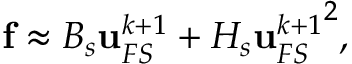
\mathbf { f } \approx B _ { s } \mathbf { u } _ { F S } ^ { k + 1 } + H _ { s } { \mathbf { u } _ { F S } ^ { k + 1 } } ^ { 2 } ,